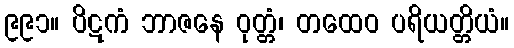
၉၉၁။ ပိဋကံ ဘာဇနေ ဝုတ္တံ၊ တထေဝ ပရိယတ္တိယံ။